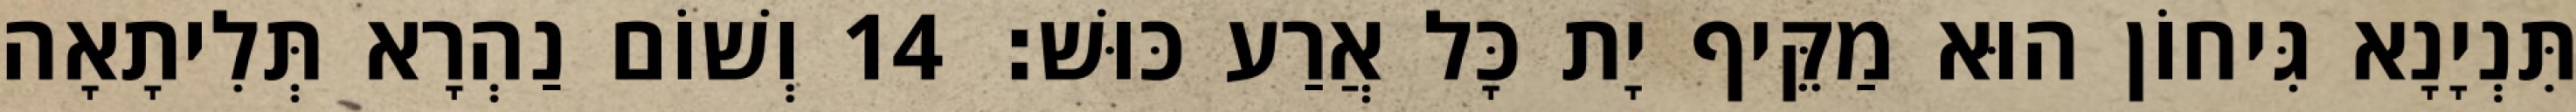
תִּנְיָנָא גִּיחוֹן הוּא מַקֵּיף יָת כָּל אֲרַע כּוּשׁ׃ 14 וְשׁוֹם נַהְרָא תְּלִיתָאָה